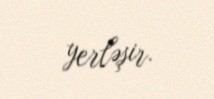
yerləşir.